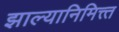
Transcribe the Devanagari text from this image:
झाल्यानिमित्त्त